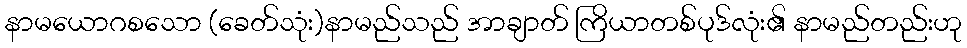
နာမယောဂစသော (ခေတ်သုံး)နာမည်သည် အာချာတ် ကြိယာတစ်ပုဒ်လုံး၏ နာမည်တည်းဟု